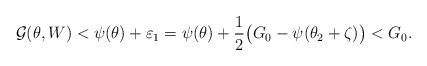
LaTeX: \begin{align*}{\cal G}(\theta, W)<\psi(\theta)+\varepsilon_{1}=\psi (\theta)+\frac{1}{2}\big(G_{0}-\psi (\theta_{2}+\zeta)\big)<G_{0}.\end{align*}